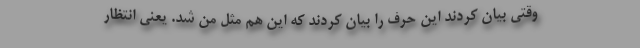
وقتی بیان کردند این حرف را بیان کردند که این هم مثل من شد. یعنی انتظار